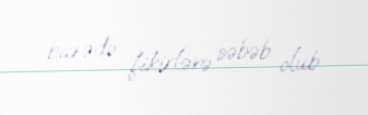
barədə fikirlərə səbəb olub.